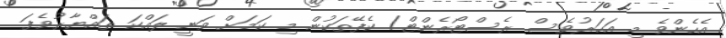
އެހެންވެ މި އަހަރުވެސް ރެސްޓޯރެންޓް/ ކެފޭތަކުން މި ކަމަށް ވަނީ ލައްކަ ތައްޔާރުވެފަ